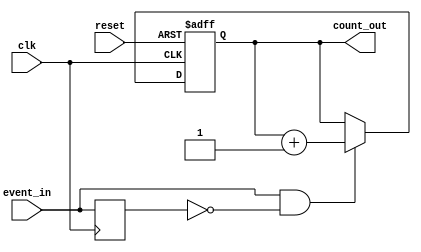
module event_triggered_counter (
    input wire clk,          // Clock signal
    input wire reset,        // Asynchronous reset signal
    input wire event_in,     // Event input signal
    output reg [15:0] count_out // 16-bit count output
);

    // Internal signal for edge detection
    reg event_in_d;          // Delayed version of event_in for edge detection

    // Asynchronous reset and counting mechanism
    always @(posedge clk or posedge reset) begin
        if (reset) begin
            count_out <= 16'b0; // Reset count to zero
        end else begin
            // Edge detection logic
            if (event_in && !event_in_d) begin
                count_out <= count_out + 1; // Increment count on rising edge
            end
        end
    end

    // Update delayed event input
    always @(posedge clk) begin
        event_in_d <= event_in; // Store current event_in for edge detection
    end

endmodule